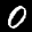
Label: 0